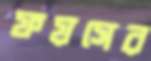
ফয়সের